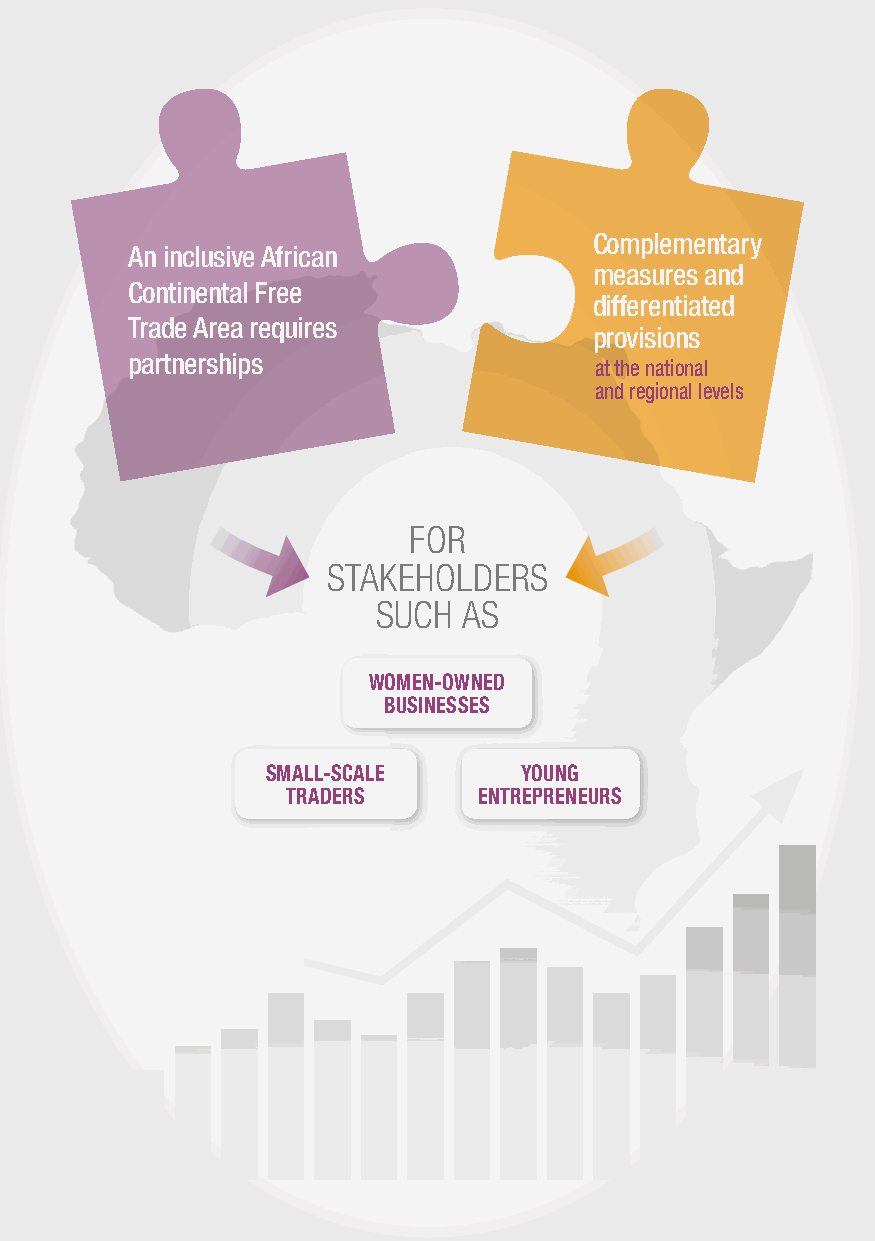
Complementary
 An inclusive African
 measures and
 Continental Free
 differentiated
 Trade Area requires
 provisions
 partnerships
 at the national
 and regional levels
 FOR
 STAKEHOLDERS
 SUCH  AS
 WOMEN-OWNED
 BUSINESSES
 SMALL-SCALE     YOUNG
 TRADERS      ENTREPRENEURS